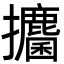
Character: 攟